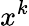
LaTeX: x^{k}